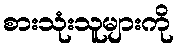
စားသုံးသူများကို